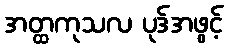
အတ္ထကုသလ ပုဒ်အဖွင့်